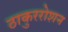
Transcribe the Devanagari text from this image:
ठाकुररोशन